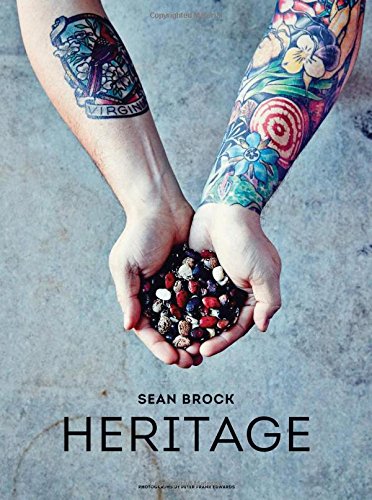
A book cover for Heritage; Sean Brock; Cookbooks, Food & Wine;